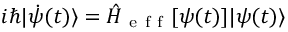
i \hbar | \dot { \psi } ( t ) \rangle = \hat { H } _ { \mathrm { ~ e ~ f ~ f ~ } } [ \psi ( t ) ] | \psi ( t ) \rangle